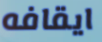
ايقافه